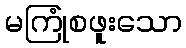
မကြုံစဖူးသော